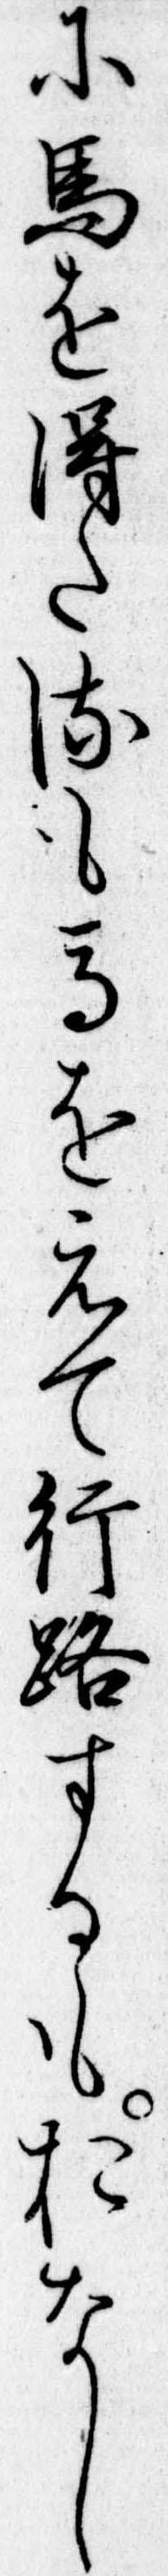
に馬を得たるも馬をえて行路するもおなし